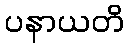
ပနာယတိ